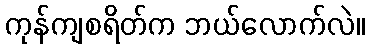
ကုန်ကျစရိတ်က ဘယ်လောက်လဲ။